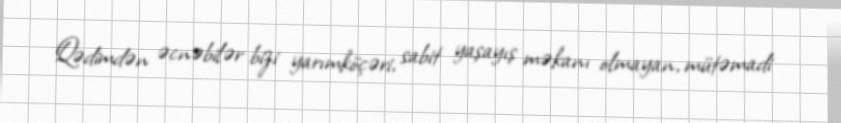
Qədimdən əcnəbilər bizi yarımköçəri, sabit yaşayış məkanı olmayan, mütəmadi